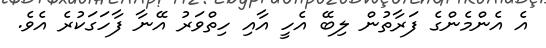
އެ އެންމެންގެ ފަރާތުން ލިބޭ އެހީ އާއި ހިތްވަރު އޭނާ ފާހަގަކުރެ އެވެ.